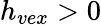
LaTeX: h_{vex}>0